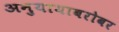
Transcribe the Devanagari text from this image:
अनुयायाबरोबर